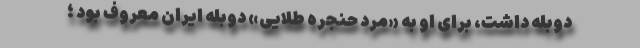
دوبله داشت، برای او به «مرد حنجره طلایی» دوبله ایران معروف بود ؛